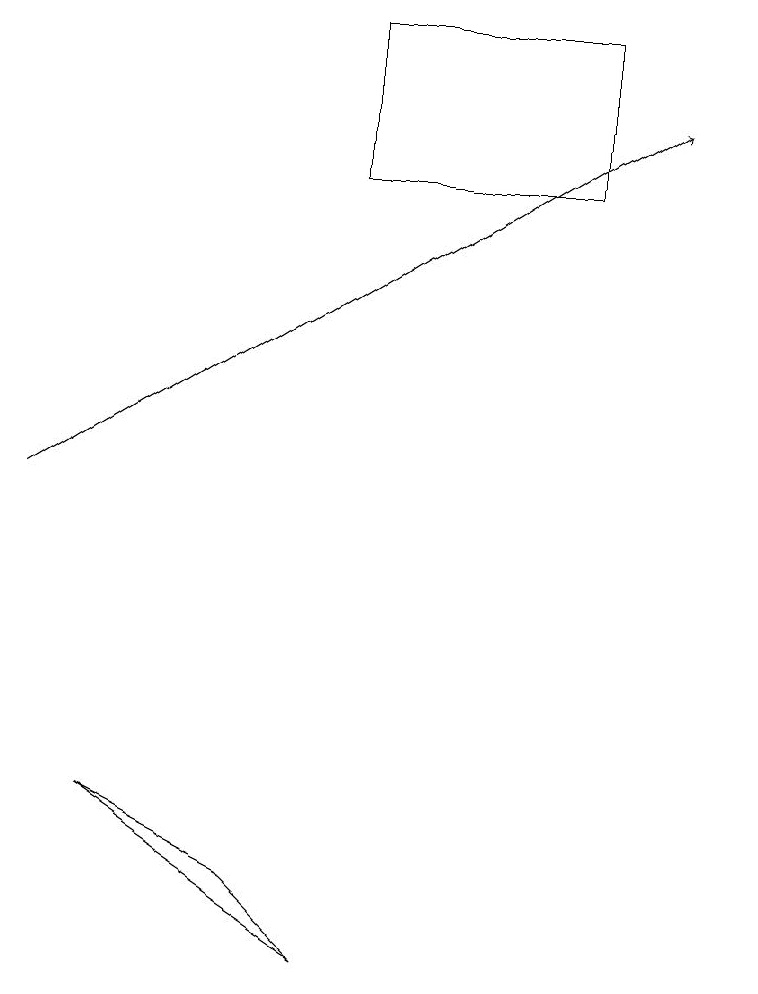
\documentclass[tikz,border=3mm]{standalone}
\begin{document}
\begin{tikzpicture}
\draw (4,7) -- (2,8) -- (5,6) -- cycle;
\draw (5,18) rectangle (8,16);
\draw[->] (1,12) -- (9,17);
\draw (10,12) circle (0);
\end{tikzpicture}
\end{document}